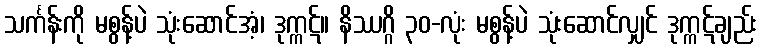
သင်္ကန်းကို မစွန့်ပဲ သုံးဆောင်အံ့၊ ဒုက္ကဋ်။ နိဿဂ္ဂိ ၃၀-လုံး မစွန့်ပဲ သုံးဆောင်လျှင် ဒုက္ကဋ်ချည်း